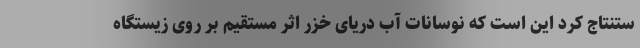
ستنتاج کرد این است که نوسانات آب دریای خزر اثر مستقیم بر روی زیستگاه